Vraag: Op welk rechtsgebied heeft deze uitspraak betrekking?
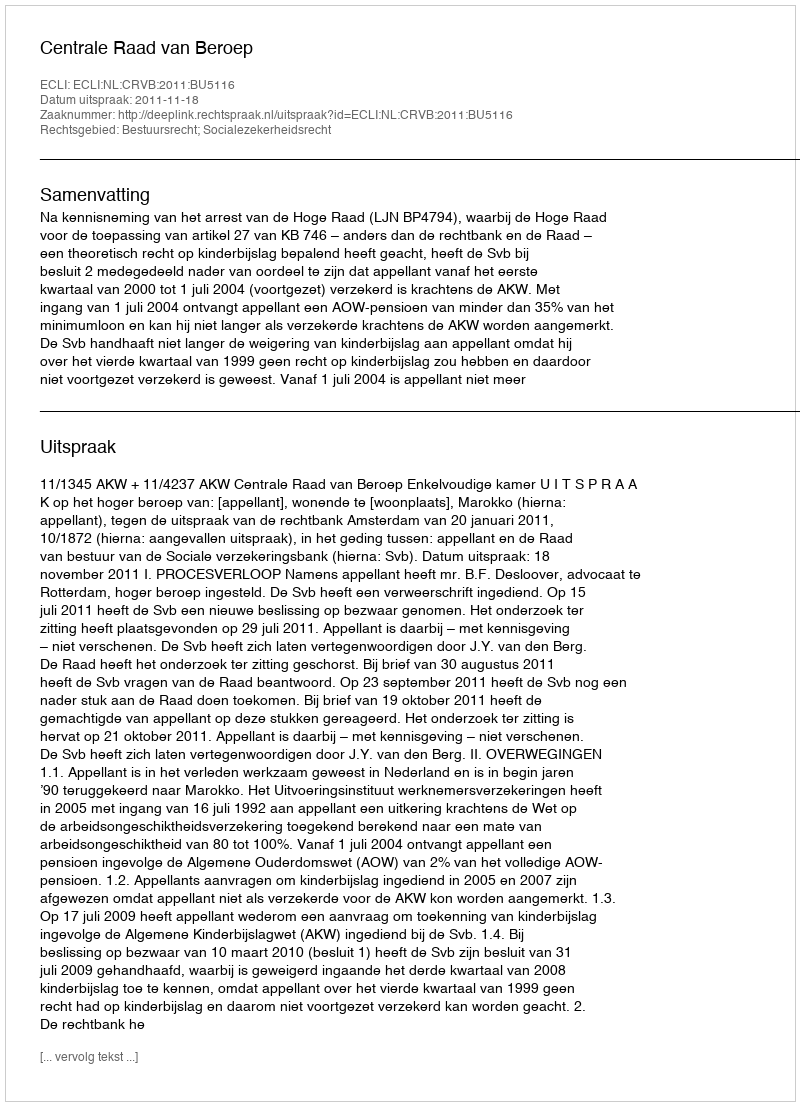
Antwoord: Bestuursrecht; Socialezekerheidsrecht